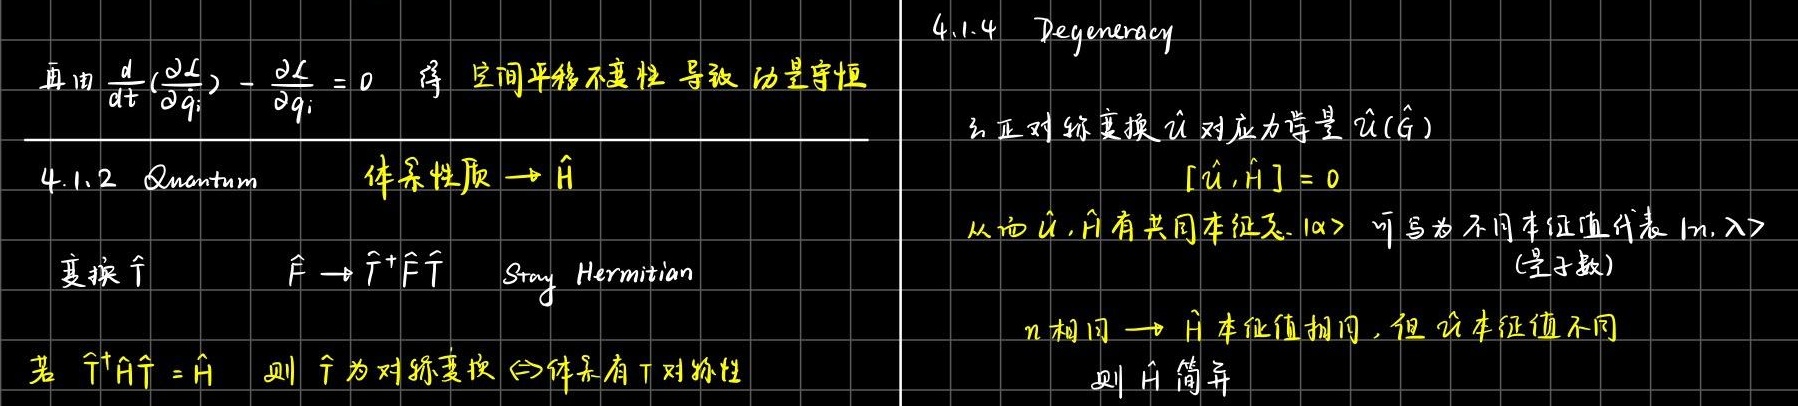
再由 $\frac{d}{dt}(\frac{\partial L}{\partial \dot{q}_i}) - \frac{\partial L}{\partial q_i} = 0$ 得 空间平移不变性 导致 动量守恒

4.1.2 Quantum
体系性质 $\to \hat{H}$
变换 $\hat{T}$
$\hat{F} \to \hat{T}^{+} \hat{F} \hat{T}$ Stay Hermitian
若 $\hat{T}^{+} \hat{H} \hat{T} = \hat{H}$ 则 $\hat{T}$ 为对称变换 $\Leftrightarrow$ 体系有 $T$ 对称性

4.1.4 Degeneracy
么正对称变换 $\hat{u}$ 对应力学量 $\hat{u}(\hat{G})$
$[\hat{u}, \hat{H}] = 0$
从而 $\hat{u}, \hat{H}$ 有共同本征矢 $|\alpha\rangle$ 可写为不同本征值代表 $|n, \lambda\rangle$ (量子数)
$n$ 相同 $\to \hat{H}$ 本征值相同，但 $\hat{u}$ 本征值不同
则 $\hat{H}$ 简并